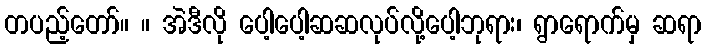
တပည့်တော်။ ။ အဲဒီလို ပေါ့ပေါ့ဆဆလုပ်လို့ပေါ့ဘုရား၊ ရွာရောက်မှ ဆရာ